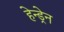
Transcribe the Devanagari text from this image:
हेन्ड्रेन